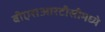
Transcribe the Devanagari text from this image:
बीएसआरटीसीमध्ये